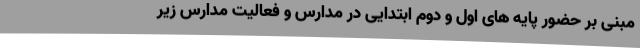
مبنی بر حضور پایه های اول و دوم ابتدایی در مدارس و فعالیت مدارس زیر